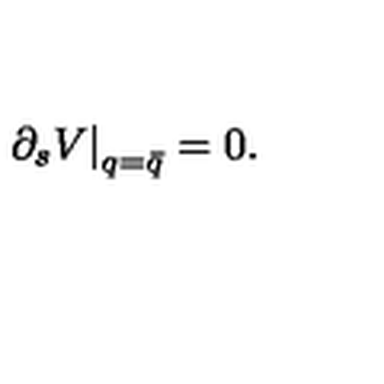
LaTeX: \left. \partial _ { s } V \right| _ { q = \bar { q } } = 0 .